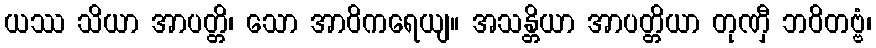
ယဿ သိယာ အာပတ္တိ၊ သော အာဝိကရေယျ။ အသန္တိယာ အာပတ္တိယာ တုဏှီ ဘဝိတဗ္ဗံ၊